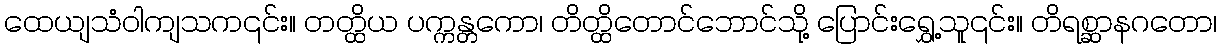
ထေယျသံဝါကျသက၎င်း။ တတ္ထိယ ပက္ကန္တကော၊ တိတ္ထိတောင်ဘောင်သို့ ပြောင်းရွှေ့သူ၎င်း။ တိရစ္ဆာနဂတော၊